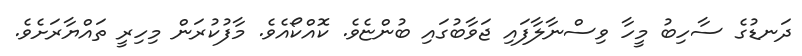
ދަނޑުގެ ސާހިބު މީހާ ވިސްނާލާފައި ޖަވާބުގައި ބުންޏެވެ. ކޮއްކޯއެވެ. މާފުކުރަން މިހިރީ ތައްޔާރަށެވެ.